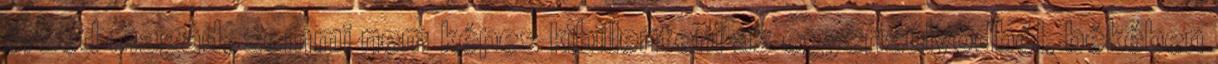
érzed magad, semmi nem képes kibillenteni az egyensúlyodból, békében